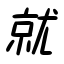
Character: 就